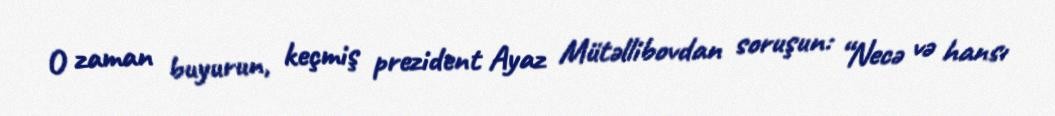
O zaman buyurun, keçmiş prezident Ayaz Mütəllibovdan soruşun: “Necə və hansı